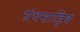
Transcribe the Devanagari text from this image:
ग्रंथसाहिब